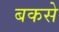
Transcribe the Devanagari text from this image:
बकसे